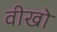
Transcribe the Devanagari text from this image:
वीखो